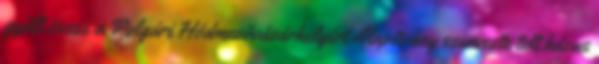
gyűlt össze a Polgári Hódmezővásárhelyért Alapítvány szervezte telt házas